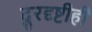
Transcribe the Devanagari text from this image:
दूरदृष्टीही